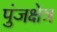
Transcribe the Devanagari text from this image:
पुंजक्षेत्र